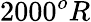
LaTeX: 2000^{o}R